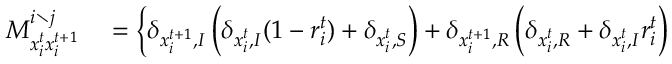
\begin{array} { r l } { M _ { x _ { i } ^ { t } x _ { i } ^ { t + 1 } } ^ { i \setminus j } } & { { } = \left\{ \delta _ { x _ { i } ^ { t + 1 } , I } \left( \delta _ { x _ { i } ^ { t } , I } ( 1 - r _ { i } ^ { t } ) + \delta _ { x _ { i } ^ { t } , S } \right) + \delta _ { x _ { i } ^ { t + 1 } , R } \left( \delta _ { x _ { i } ^ { t } , R } + \delta _ { x _ { i } ^ { t } , I } r _ { i } ^ { t } \right) \right. } \end{array}